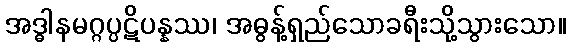
အဒ္ဓါနမဂ္ဂပ္ပဋိပန္နဿ၊ အဓွန့်ရှည်သောခရီးသို့သွားသော။